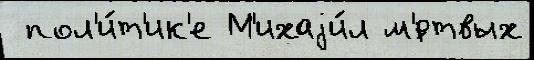
 пол'и́т'ик'е М'ихаjи́л м'́ртвых